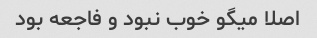
اصلا میگو خوب نبود و فاجعه بود